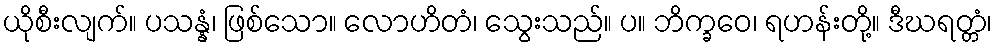
ယိုစီးလျက်။ ပသန္နံ၊ ဖြစ်သော။ လောဟိတံ၊ သွေးသည်။ ပ။ ဘိက္ခဝေ၊ ရဟန်းတို့။ ဒီဃရတ္တံ၊